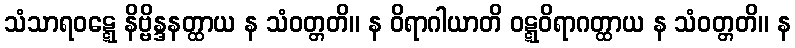
သံသာရဝဋ္ဋေ နိဗ္ဗိန္ဒနတ္ထာယ န သံဝတ္တတိ။ န ဝိရာဂါယာတိ ဝဋ္ဋဝိရာဂတ္ထာယ န သံဝတ္တတိ။ န